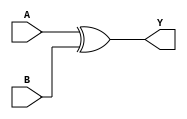
`timescale 1ns / 1ps
//////////////////////////////////////////////////////////////////////////////////
//## GroupID- 65(15114063_15114027) - Sandeep Pal & Gautam Choudhary	
//## Date: November 1, 2016
//## <xor_module_8bit>.v - XOR gate is implemented in this file. 
// 
// Design Name: 
// Module Name:    xor_module_8bit 
// Project Name: 
// Target Devices: 
// Tool versions: 
// Description: 
//
// Dependencies: 
//
// Revision: 
// Revision 0.01 - File Created
// Additional Comments: 
//
//////////////////////////////////////////////////////////////////////////////////
module xor_module_8bit(A, B, Y);
	// Defining the inputs/outputs
    input signed [07:0] A;
    input signed [07:0] B;
    output signed [07:0] Y;
		 
	 assign Y = A^B; //XOR Operation


endmodule